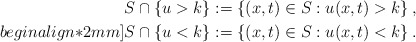
\begin{align*}S \cap \{u >k\}:=\left\{(x,t) \in S: u(x,t)>k\right\}, \\begin{align*}2mm]S \cap \{u <k\}:=\left\{(x,t) \in S: u(x,t)<k\right\}.\end{align*}